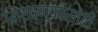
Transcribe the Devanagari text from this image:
मिरवणूकीसाठी